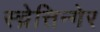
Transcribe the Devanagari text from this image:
स्च्रेत्तिन्गेर